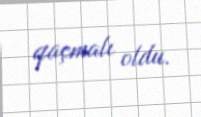
qaçmalı oldu.